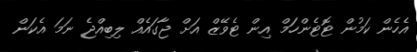
އެހެން ކަމުން ޓޮޓެންހަމް އިން ޓެވޭޒް އަށް ޖާގައެއް ލިބިއްޖެ ނަމަ އެކަން